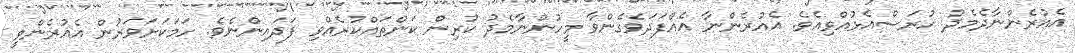
އެއުރެންނާދެމެދު ހުރަސްއެޅުއްވިއެވެ. އެއުރެންނާ އެއްފަދަވެގެންވާ މީހުންނާމެދު ކުރިން ކަންތައްކުރެއްވި ފަދައިންނެވެ. ހަމަކަށަވަރުން އެއުރެންވީ